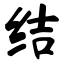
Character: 结